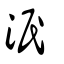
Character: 泯